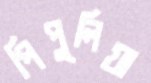
পিপুলিয়া